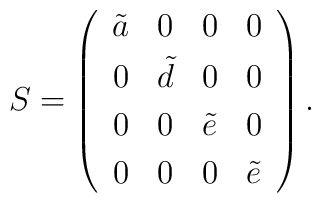
S =\left(\begin{array}{cccc}\tilde{a}&0&0&0\\[1mm]0&\tilde{d}&0&0\\[1mm]0&0&\tilde{e}&0\\[1mm]0&0&0&\tilde{e}\end{array}\right).